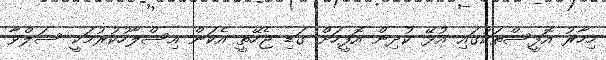
މިހާރު އޮފީސްތަކުގައި އުޅޭ ކުދިން އޮފީހަށް ގަޑި ޖެހޭތީ އެކަން އިސްލާހުކުރުމަކީ ސަލްވާ